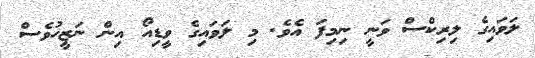
ލަވައިގެ ލިރިކްސް ވަނީ ނިމިފަ އެވެ. މި ލަވައިގެ ވީޑިއޯ އިން ނަޒީހުވެސް